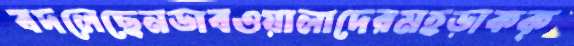
বদলেছেনডাবওয়ালাদেরমহড়াকক্